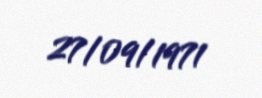
27/09/1971